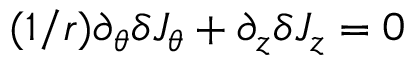
( 1 / r ) \partial _ { \theta } \delta J _ { \theta } + \partial _ { z } \delta J _ { z } = 0